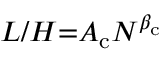
L / H { = } A _ { \mathrm c } N ^ { \beta _ { \mathrm c } }